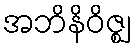
အဘိနိဝိဇ္ဈ